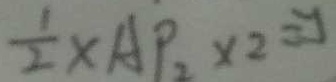
\frac { 1 } { 2 } \times A P _ { 2 } \times 2 = y